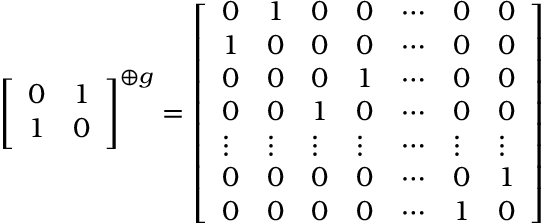
{ \left[ \begin{array} { l l } { 0 } & { 1 } \\ { 1 } & { 0 } \end{array} \right] } ^ { \oplus g } = { \left[ \begin{array} { l l l l l l l } { 0 } & { 1 } & { 0 } & { 0 } & { \cdots } & { 0 } & { 0 } \\ { 1 } & { 0 } & { 0 } & { 0 } & { \cdots } & { 0 } & { 0 } \\ { 0 } & { 0 } & { 0 } & { 1 } & { \cdots } & { 0 } & { 0 } \\ { 0 } & { 0 } & { 1 } & { 0 } & { \cdots } & { 0 } & { 0 } \\ { \vdots } & { \vdots } & { \vdots } & { \vdots } & { \cdots } & { \vdots } & { \vdots } \\ { 0 } & { 0 } & { 0 } & { 0 } & { \cdots } & { 0 } & { 1 } \\ { 0 } & { 0 } & { 0 } & { 0 } & { \cdots } & { 1 } & { 0 } \end{array} \right] }